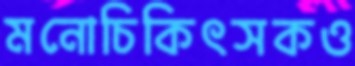
মনোচিকিৎসকও